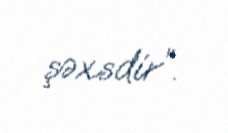
şəxsdir”.